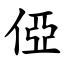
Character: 俹